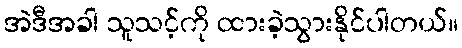
အဲဒီအခါ သူသင့်ကို ထားခဲ့သွားနိုင်ပါတယ်။